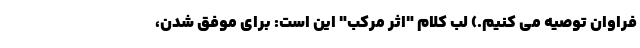
فراوان توصیه می کنیم.) لبّ کلام "اثر مرکب" این است: برای موفق شدن،